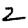
Digit: 2